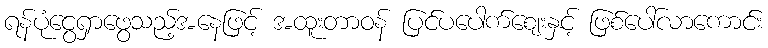
ရန်ပုံငွေရှာဖွေသည့်အနေဖြင့် အထူးတာဝန် ပြင်ပပေါက်ဈေးနှင့် ဖြစ်ပေါ်လာကောင်း